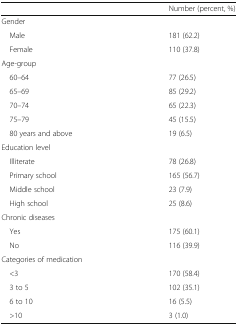
|  | Number (percent, %) |
 | --- | --- |
 | <COLSPAN=2> Gender |
 | Male | 181 (62.2) |
 | Female | 110 (37.8) |
 | <COLSPAN=2> Age-group |
 | 60–64 | 77 (26.5) |
 | 65–69 | 85 (29.2) |
 | 70–74 | 65 (22.3) |
 | 75–79 | 45 (15.5) |
 | 80 years and above | 19 (6.5) |
 | <COLSPAN=2> Education level |
 | Illiterate | 78 (26.8) |
 | Primary school | 165 (56.7) |
 | Middle school | 23 (7.9) |
 | High school | 25 (8.6) |
 | <COLSPAN=2> Chronic diseases |
 | Yes | 175 (60.1) |
 | No | 116 (39.9) |
 | <COLSPAN=2> Categories of medication |
 | <3 | 170 (58.4) |
 | 3 to 5 | 102 (35.1) |
 | 6 to 10 | 16 (5.5) |
 | >10 | 3 (1.0) |